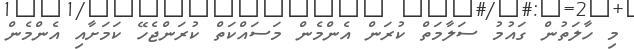
މި ހާލަތުން ގައުމު ސަލާމަތް ކުރަން އެންމެން މަސައްކަތް ކުރަންޖެހޭ ކަމަށާއި އެންމެން